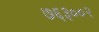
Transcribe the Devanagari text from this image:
७६३००२